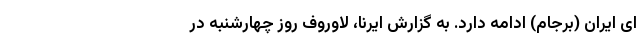
ای ایران (برجام) ادامه دارد. به گزارش ایرنا، لاوروف روز چهارشنبه در